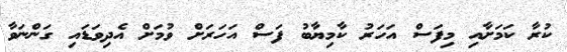
ކުރާ ކަމަށާއި މިފަސް އަހަރު ކާމިޔާބު ފަސް އަހަރަށް ވުމަށް އެދިވަޑައި ގަންނަވާ